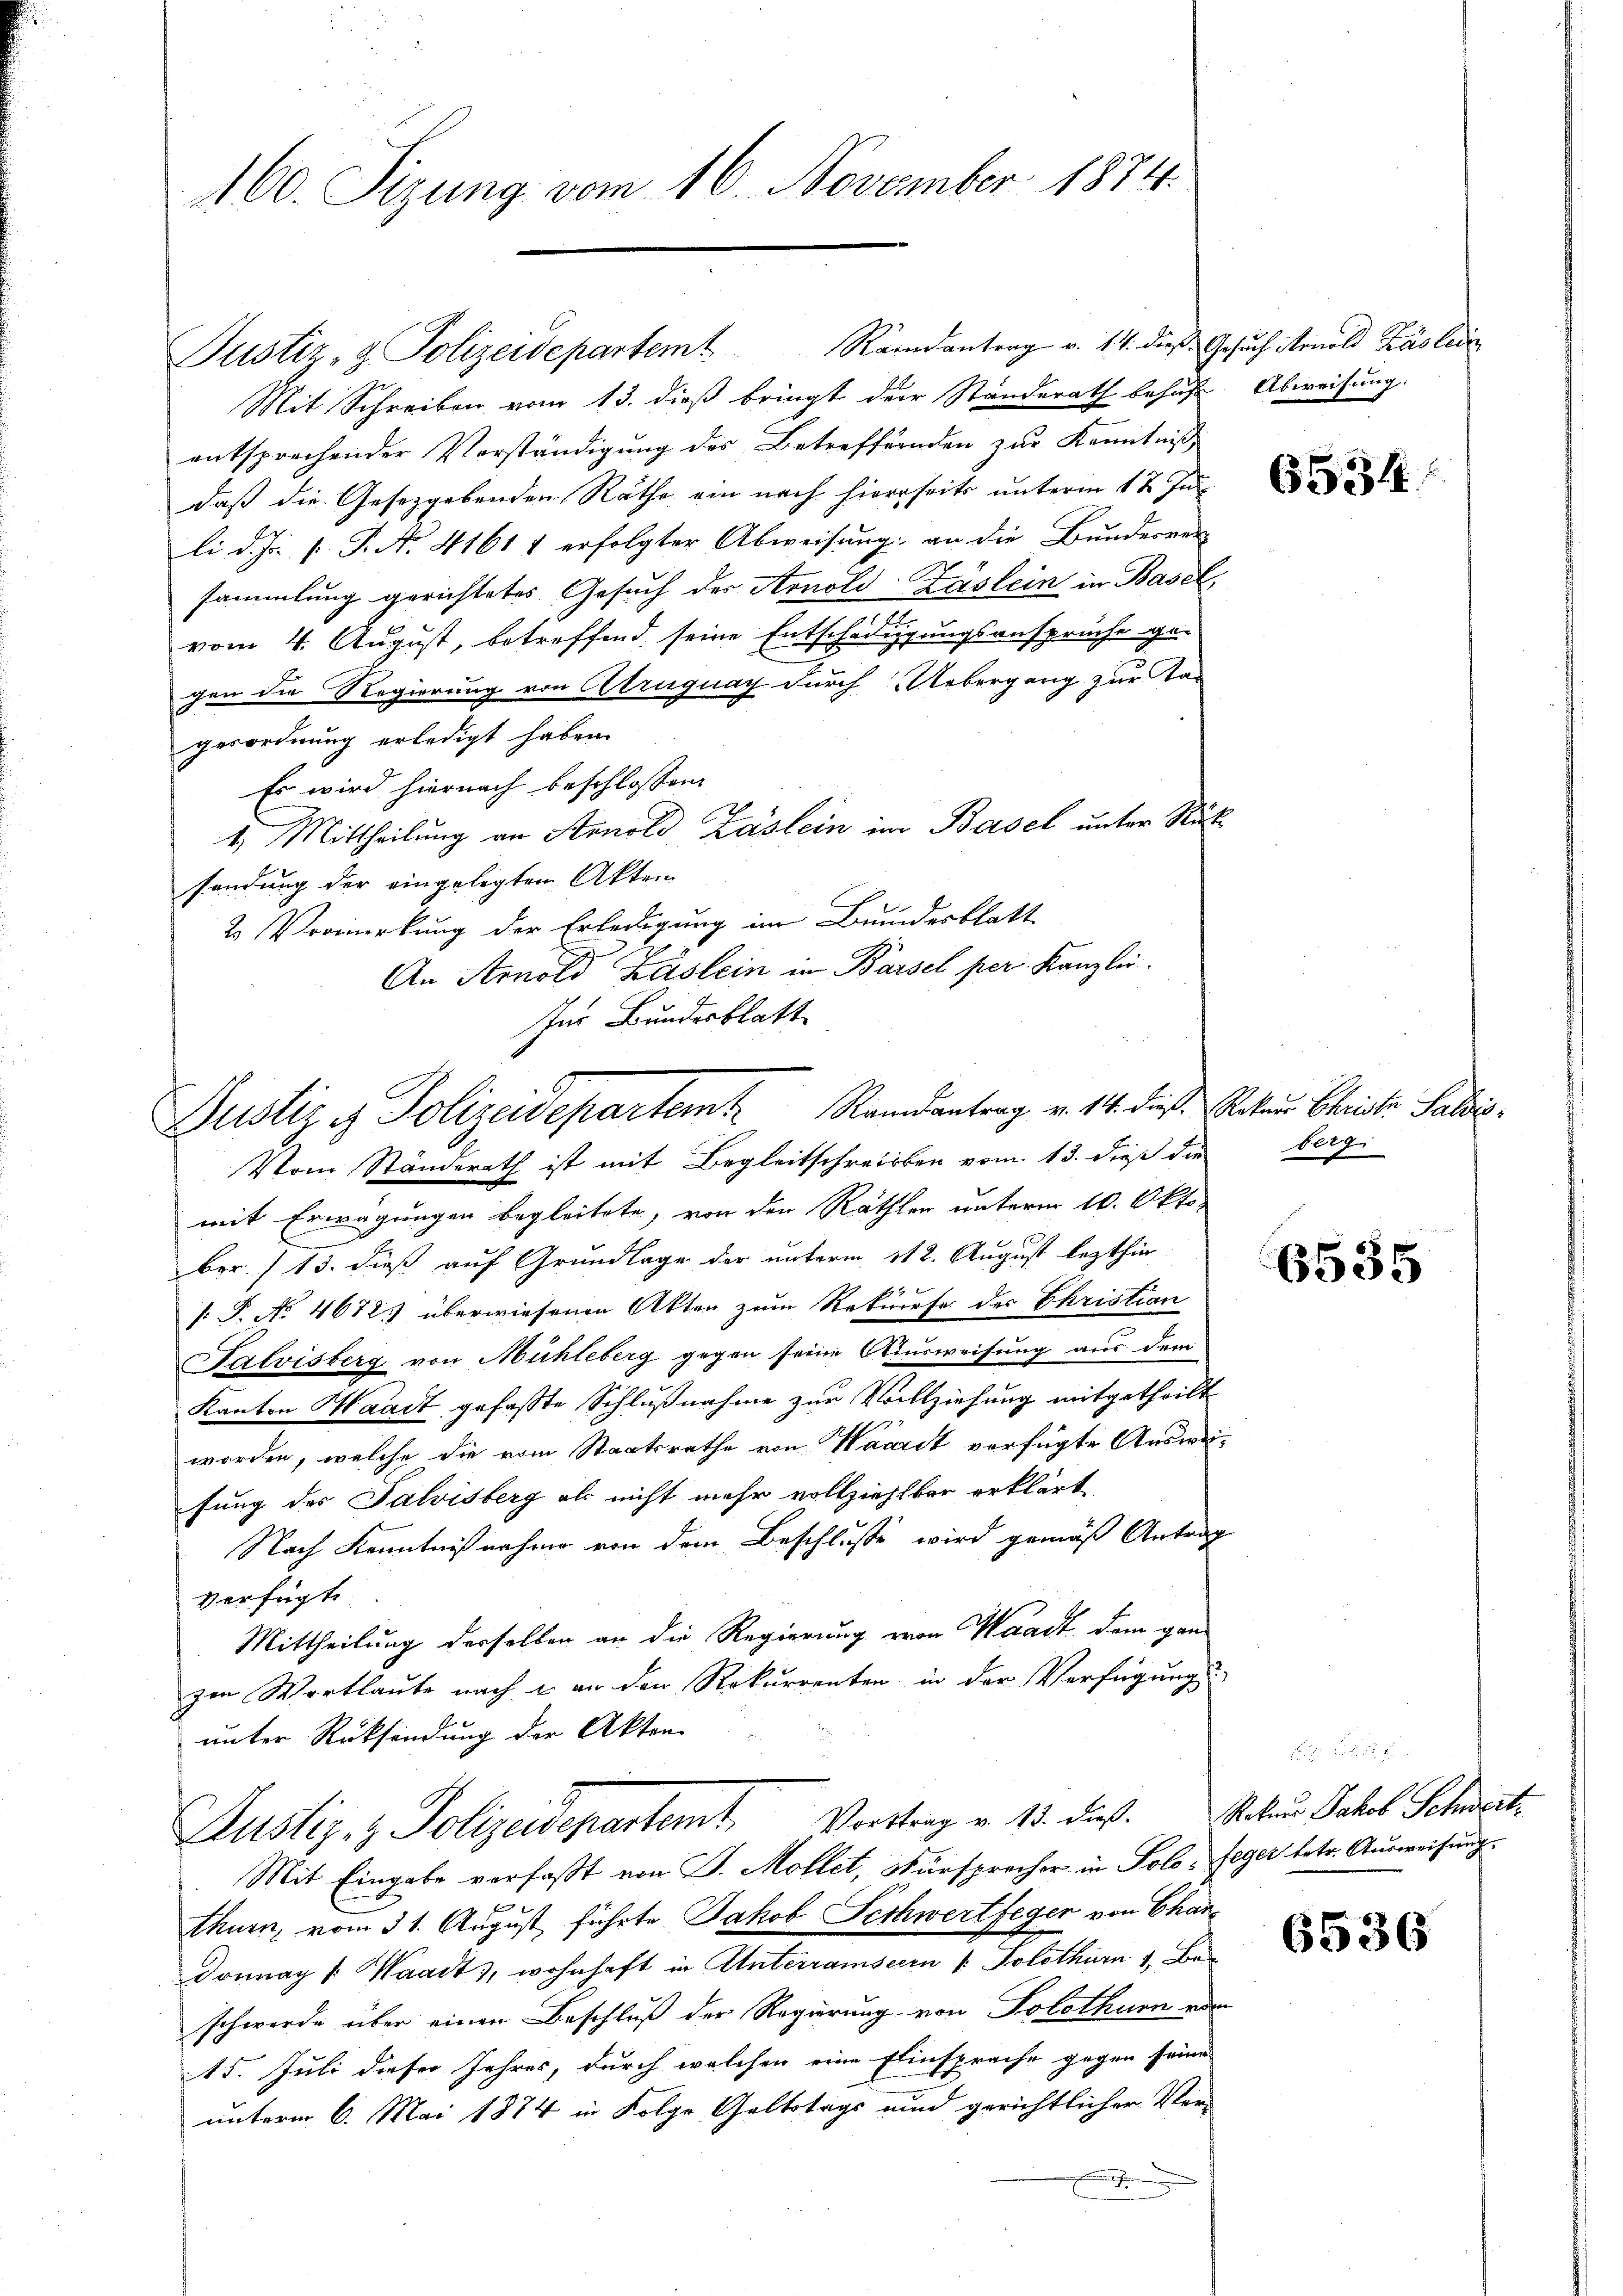
160. Sizung vom 16. November 1874.

Randantrag v. 14. dieß Gesuch Arnold Kasler
Mit Schreiben vom 13. dieß bringt der Standerath behufe Abweisung.
entsprechender Vorständigung des Betreffenden zur Kenntniß
daß die Gesetzgebenden Räthe ein nach hierseits unterm 1t Ju
li d. Js. f. P. N. 41614 erfolgter Abweisung an die Bundesver-
sammlung gerichtetes Gesuch der Arnold-Zäslein in Basel,
n
n
vom 4. August, betreffend seine Entschädigungsansprüche ge-
gen die Regierung von Atruguay durch Uebergang zur Tagerordnung erledigt haben.
Es wird hiernach beschlossen:
4. Mittheilung an Arnold Zäslein im Basel unter Rüksendung der eingelegten Akten
2 Vormerkung der Erledigung im Bundesblatt
An Arnold Käslein in Bassel per. Kanzlei.
Ins Bundesblatt

Justiz- & Polizeidepartemt

Justiz & Polizeidepartem Randantrag v. 114. dieß. Rotaus Christe Salis¬

Vom Ständerath ist mit Begleitschreiben vom 13. dieß die bergi
mit Erwägungen begleitete, von den Räthen unterm 10. Oktober. (13. dieß auf Grundlage der unterm 112. August lezthin
[P. No 4672) überwiesenen Akten zum Rekurse des Christian
Salvisberg von Mühleberg gegen seine Ausweisung aus dem
Kanton Waadt gefaßte Schlußnahme zur Vollziehung mitgetheilt
worden, welche die vom Staatsrathe von Waaret verfügte Ausweisung des Salvisberg als nicht mehr vollziehlbar erklärt
Nach Kenntnißnahme von dem Beschluße wird gemäß Antrag
verfügte
Mittheilung derselben an die Regierung von Waadt dem ganzen Wortlaute nach & an den Rekurrenten in der Verfügung
unter Rücksendung der Akten
Justiz- & Polizeidepartemt Vortrag v. 18. dieß. Solen Jakob Schnet
Mit Eingabe verfaßt von J. Mollet, Fürsprecher in Solo-feger betr. Ausweisung.
u
thurn, vom 31. August führte Jakob Schwertfeger von Char
Dornach [: Waadt, wohnhaft in Unterramseern v. Solothurn 1, Ba
schwerde über einen Beschluß der Regierung von Tolothur von
15. Juli dieser Jahres, durch welchen eine Einsprache gegen seine
unterm 6. Mai 1874 in Folge Geltstags und gerichtlicher Ver-

6534

6535

6536